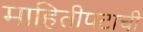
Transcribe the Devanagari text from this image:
माहितीपटाची